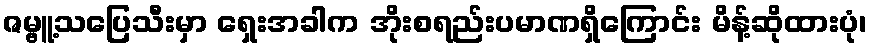
ဇမ္ဗူ့သပြေသီးမှာ ရှေးအခါက အိုးစရည်းပမာဏရှိကြောင်း မိန့်ဆိုထားပုံ၊